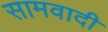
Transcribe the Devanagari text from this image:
सामवादी